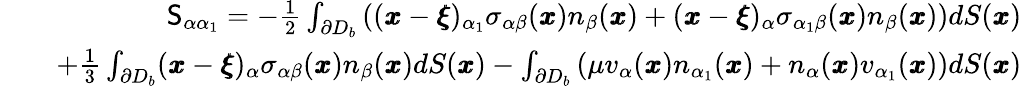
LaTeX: \begin{array}{rlr}&{}&{\mathsf{S}_{\alpha\alpha_{1}}=-\frac{1}{2}\int_{\partial D_{b}}\left(({\pmb x}-{\pmb\xi})_{\alpha_{1}}\sigma_{\alpha\beta}({\pmb x})n_{\beta}({\pmb x})+({\pmb x}-{\pmb\xi})_{\alpha}\sigma_{\alpha_{1}\beta}({\pmb x})n_{\beta}({\pmb x})\right)dS({\pmb x})}\\ &{}&{+\frac{1}{3}\int_{\partial D_{b}}({\pmb x}-{\pmb\xi})_{\alpha}\sigma_{\alpha\beta}({\pmb x})n_{\beta}({\pmb x})dS({\pmb x})-\int_{\partial D_{b}}\left(\mu v_{\alpha}({\pmb x})n_{\alpha_{1}}({\pmb x})+n_{\alpha}({\pmb x})v_{\alpha_{1}}({\pmb x})\right)dS({\pmb x})}\end{array}